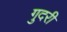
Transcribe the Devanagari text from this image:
गुदरी